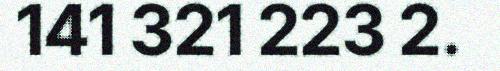
141 321 223 2.